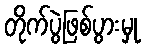
တိုက်ပွဲဖြစ်ပွားမှု